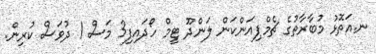
ނ.އަތޮޅު މުބާރާތުގެ ޗެމްޕިއަންކަން ލަންދޫ ޓީމް ހޯދައިފި3 މަސް 1 ދުވަސް ކުރިން.